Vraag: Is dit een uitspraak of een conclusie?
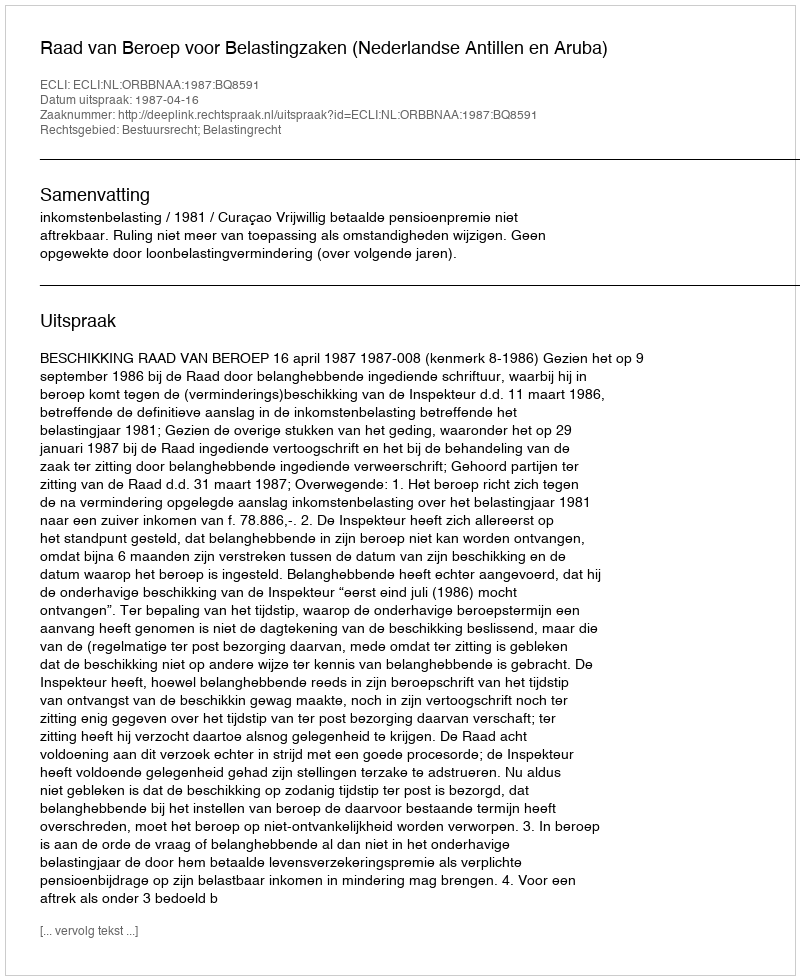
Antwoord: Uitspraak